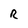
Character: R